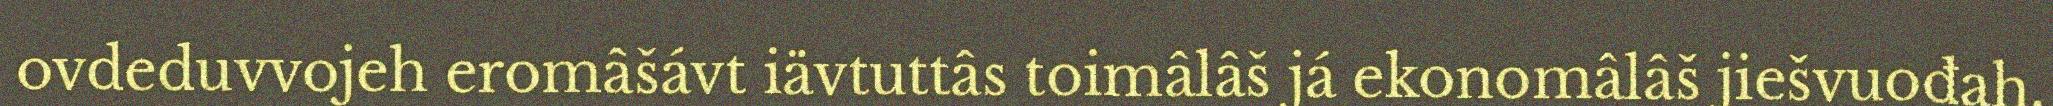
ovdeduvvojeh eromâšávt iävtuttâs toimâlâš já ekonomâlâš jiešvuođah.